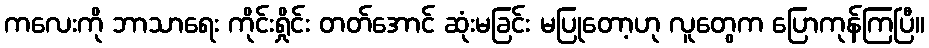
ကလေးကို ဘာသာရေး ကိုင်းရှိုင်း တတ်အောင် ဆုံးမခြင်း မပြုတော့ဟု လူတွေက ပြောကုန်ကြပြီ။